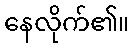
နေလိုက်၏။